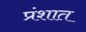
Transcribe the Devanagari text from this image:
प्रंशात